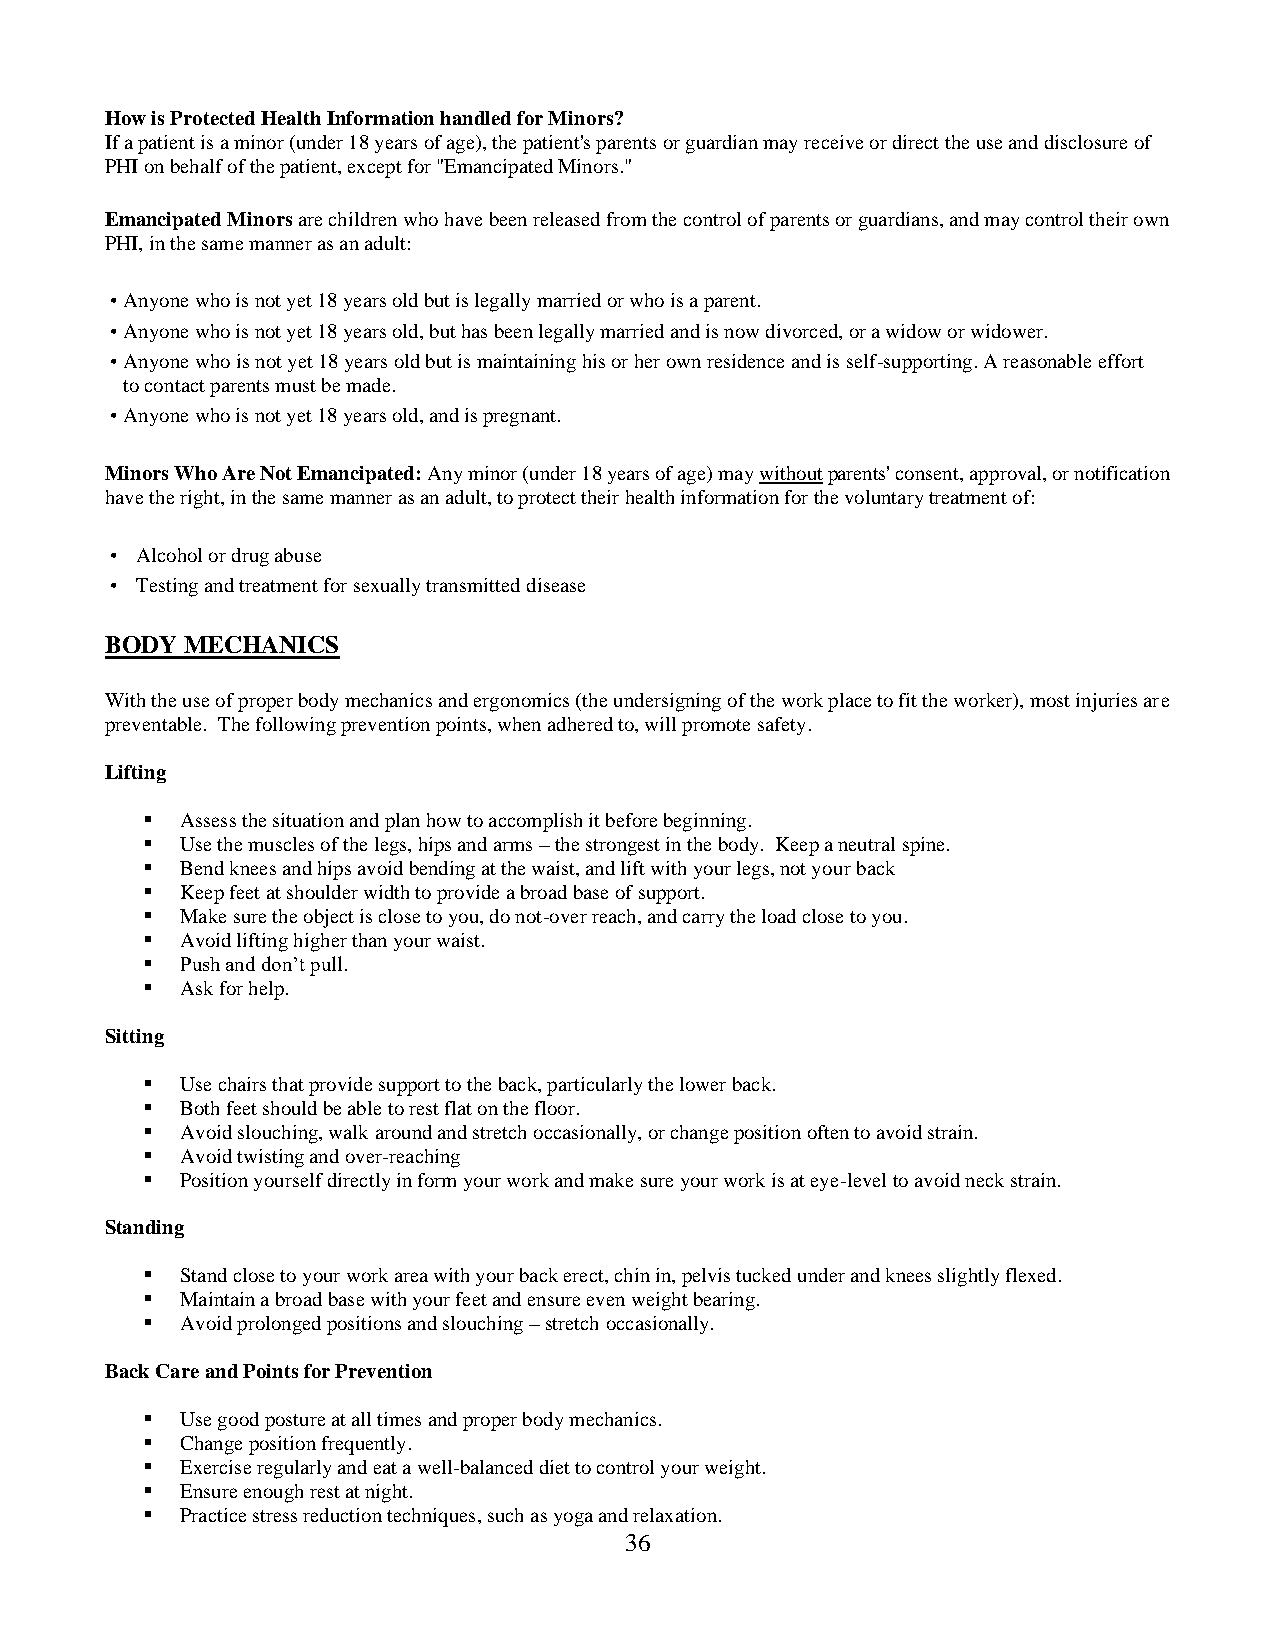
How is Protected Health Information handled for Minors?
 If a patient is a minor (under 18 years of age), the patient's parents or guardian may receive or direct the use and disclosure of
 PHI on behalf of the patient, except for "Emancipated Minors."
 Emancipated Minors are children who have been released from the control of parents or guardians, and may control their own
 PHI, in the same manner as an adult:
 • Anyone who is not yet 18 years old but is legally married or who is a parent.
 • Anyone who is not yet 18 years old, but has been legally married and is now divorced, or a widow or widower.
 • Anyone who is not yet 18 years old but is maintaining his or her own residence and is self-supporting. A reasonable effort
 to contact parents must be made.
 • Anyone who is not yet 18 years old, and is pregnant.
 Minors Who Are Not Emancipated: Any minor (under 18 years of age) may without parents' consent, approval, or notification
 have the right, in the same manner as an adult, to protect their health information for the voluntary treatment of:
 • Alcohol or drug abuse
 • Testing and treatment for sexually transmitted disease
 BODY MECHANICS
 With the use of proper body mechanics and ergonomics (the undersigning of the work place to fit the worker), most injuries are
 preventable. The following prevention points, when adhered to, will promote safety.
 Lifting
 ▪  Assess the situation and plan how to accomplish it before beginning.
 ▪  Use the muscles of the legs, hips and arms – the strongest in the body. Keep a neutral spine.
 ▪  Bend knees and hips avoid bending at the waist, and lift with your legs, not your back
 ▪  Keep feet at shoulder width to provide a broad base of support.
 ▪  Make sure the object is close to you, do not-over reach, and carry the load close to you.
 ▪  Avoid lifting higher than your waist.
 ▪  Push and don’t pull.
 ▪  Ask for help.
 Sitting
 ▪  Use chairs that provide support to the back, particularly the lower back.
 ▪  Both feet should be able to rest flat on the floor.
 ▪  Avoid slouching, walk around and stretch occasionally, or change position often to avoid strain.
 ▪  Avoid twisting and over-reaching
 ▪  Position yourself directly in form your work and make sure your work is at eye-level to avoid neck strain.
 Standing
 ▪  Stand close to your work area with your back erect, chin in, pelvis tucked under and knees slightly flexed.
 ▪  Maintain a broad base with your feet and ensure even weight bearing.
 ▪  Avoid prolonged positions and slouching – stretch occasionally.
 Back Care and Points for Prevention
 ▪  Use good posture at all times and proper body mechanics.
 ▪  Change position frequently.
 ▪  Exercise regularly and eat a well-balanced diet to control your weight.
 ▪  Ensure enough rest at night.
 ▪  Practice stress reduction techniques, such as yoga and relaxation.
 36